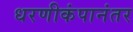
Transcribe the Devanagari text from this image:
धरणीकंपानंतर